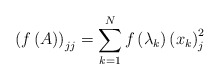
\begin{align*}\left( f\left( A\right) \right) _{jj}=\sum_{k=1}^{N}f\left( \lambda_{k}\right) \left( x_{k}\right) _{j}^{2}\end{align*}